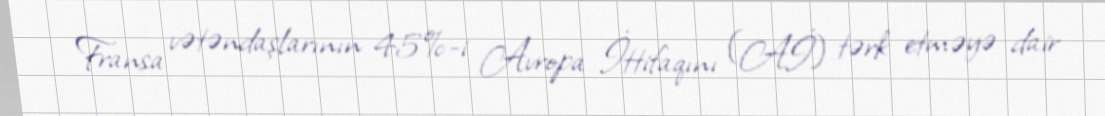
Fransa vətəndaşlarının 45%-i Avropa İttifaqını (Aİ) tərk etməyə dair